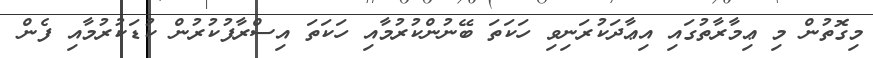
މިގޮތުން މި ޢިމާރާތުގައި އިޢާދަކުރަނިވި ހަކަތަ ބޭނުންކުރުމާއި ހަކަތަ އިސްރާފުކުރުން ކުޑަކުރުމާއި ފެން